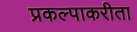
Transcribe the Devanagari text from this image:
प्रकल्पाकरीता